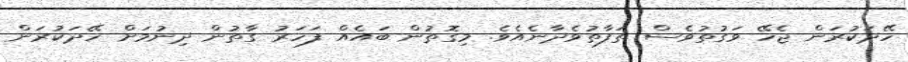
ހޭދަކުރަން ޖެހޭ ވަގުތުވެސް ތަފާތުވެދާނެއެވެ. މިގޮތުން ބައެއް ފަހަރު ގާތުން ދިނުމަށް ހޭދަކުރަން